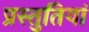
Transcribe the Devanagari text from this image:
प्रस्‍तुतियां